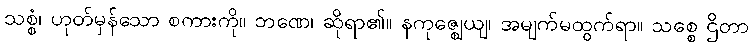
သစ္စံ၊ ဟုတ်မှန်သော စကားကို။ ဘဏေ၊ ဆိုရာ၏။ နကုဇ္ဈေယျ၊ အမျက်မထွက်ရာ။ သစ္စေ ဌိတာ